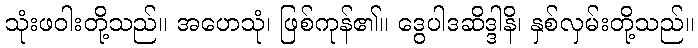
သုံးဖဝါးတို့သည်။ အဟေသုံ၊ ဖြစ်ကုန်၏။ ဒွေပါဒဆိဒ္ဒါနိ၊ နှစ်လှမ်းတို့သည်။